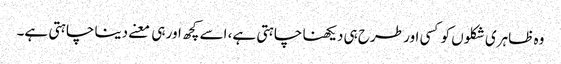
وہ ظاہری شکلوں کو کسی اور طرح ہی دیکھنا چاہتی ہے، اسے کچھ اور ہی معنے دینا چاہتی ہے۔